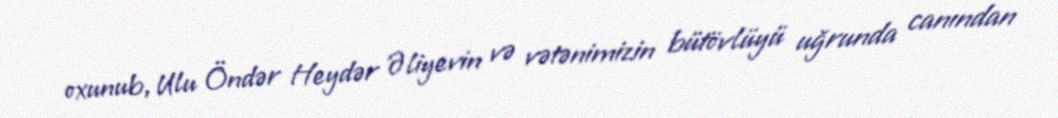
oxunub, Ulu Öndər Heydər Əliyevin və vətənimizin bütövlüyü uğrunda canından